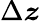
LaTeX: \Delta\boldsymbol{z}